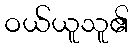
ဝယ်ယူသူ၏